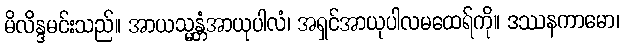
မိလိန္ဒမင်းသည်။ အာယသ္မန္တံအာယုပါလံ၊ အရှင်အာယုပါလမထေရ်ကို။ ဒဿနကာမော၊